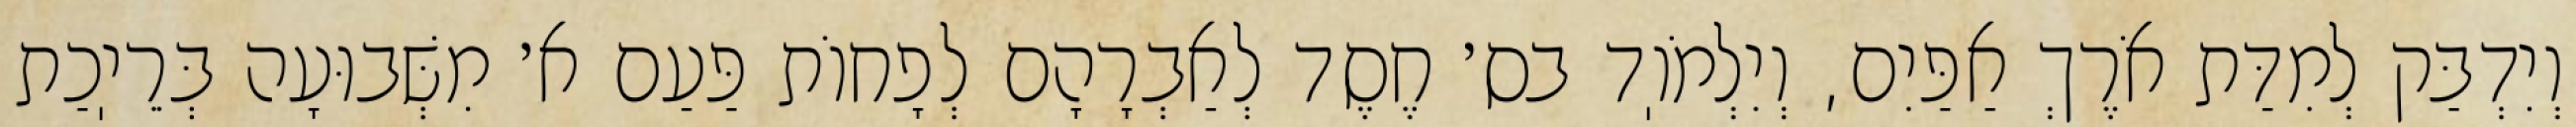
וְיִדְבַּק לְמִדַּת אֹרֶךְ אַפַּיִם, וְיִלְמֹוֽד בס׳ חֶסֶד לְאַבְרָהָם לְפָחוֹת פַּעַם א׳ מִשְּׁבוּעָה בְּרֵיֽכַת